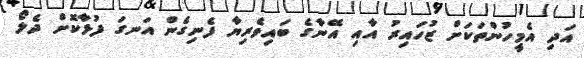
އަދި އެމީހުންތަކަށް ޒުހައިރު އާއި އޭނާގެ ބައިވެރިޔާ ފެނިގެން އަނގަ ފުޅާކޮށް ދެލޯ